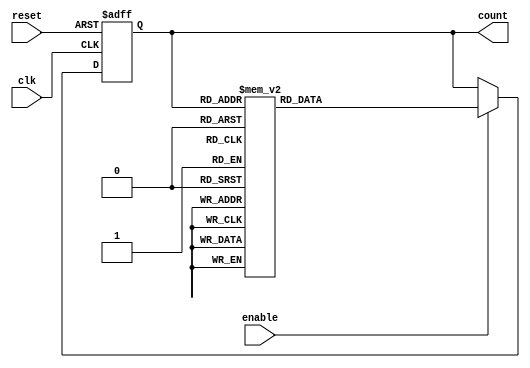
module decade_ring_counter (
    input wire clk,          // Clock input
    input wire reset,        // Asynchronous reset
    input wire enable,       // Enable signal
    output reg [3:0] count   // 4-bit output for the counter
);

// State transition logic
always @(posedge clk or posedge reset) begin
    if (reset) begin
        count <= 4'b0001; // Initialize to 1 (0001)
    end else if (enable) begin
        case (count)
            4'b0001: count <= 4'b0010; // 1 -> 2
            4'b0010: count <= 4'b0011; // 2 -> 3
            4'b0011: count <= 4'b0100; // 3 -> 4
            4'b0100: count <= 4'b0101; // 4 -> 5
            4'b0101: count <= 4'b0110; // 5 -> 6
            4'b0110: count <= 4'b0111; // 6 -> 7
            4'b0111: count <= 4'b1000; // 7 -> 8
            4'b1000: count <= 4'b1001; // 8 -> 9
            4'b1001: count <= 4'b0001; // 9 -> 1 (wrap around)
            default: count <= 4'b0001; // Default case (should not occur)
        endcase
    end
end

endmodule